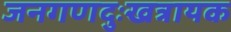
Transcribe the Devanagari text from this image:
जनगणदुःखत्रायक